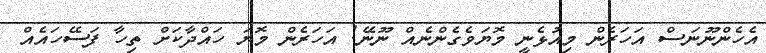
އެހެންނޫނަސް އަހަރެން މިއުޅެނީ މޮޔަވެގެންނެއް ނޫނޭ! އަހަރެން މޮޔަ ހައްދާކަށް ތިހާ ފަސޭހައެއް